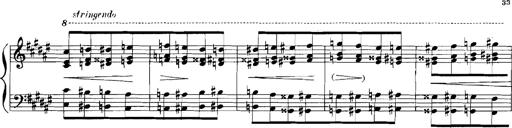
Title: Rhapsodies hongroises
Composer: Franz Liszt